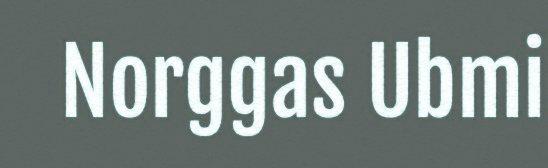
Norggas Ubmi